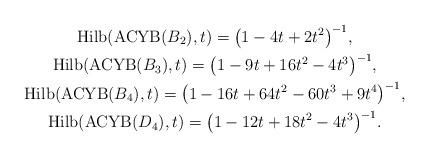
LaTeX: \begin{gather*}{\rm Hilb}({\rm ACYB}(B_2),t)=\big(1-4t+2t^2\big)^{-1}, \\{\rm Hilb}({\rm ACYB}(B_3),t)=\big(1-9t+16t^2-4t^3\big)^{-1}, \\{\rm Hilb}({\rm ACYB}(B_4),t)=\big(1-16t+64t^2-60t^3+9t^4\big)^{-1} , \\{\rm Hilb}({\rm ACYB}(D_4),t)=\big(1-12t+18t^2-4t^3\big)^{-1}.\end{gather*}